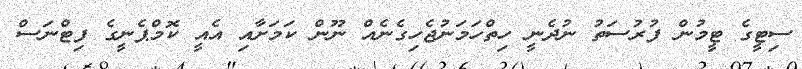
ސިޓީގެ ޓީމުން ފުރުސަތު ނުދެނީ ހިތްހަމަނުޖެހިގެނެއްް ނޫން ކަމަށާއި އެއީ ކޮމްޕެނީގެ ފިޓްނަސް